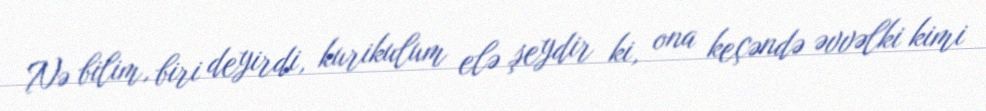
Nə bilim, biri deyirdi, kurikulum elə şeydir ki, ona keçəndə əvvəlki kimi